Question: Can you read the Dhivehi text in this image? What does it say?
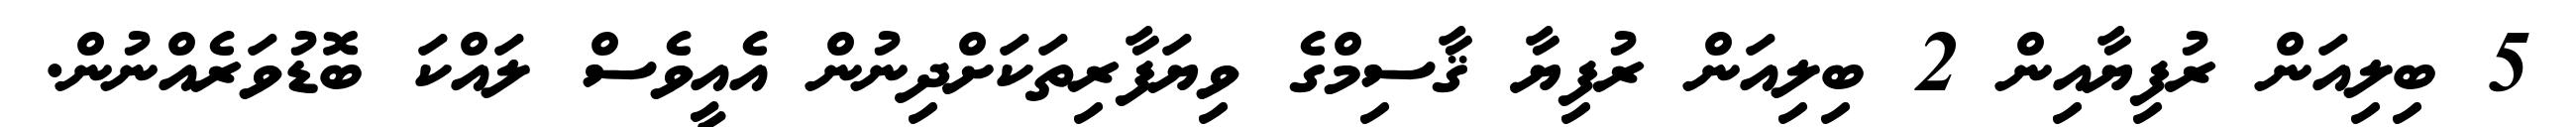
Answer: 5 ބިލިއަން ރުފިޔާއިން 2 ބިލިއަން ރުފިޔާ ޤާސިމްގެ ވިޔަފާރިތަކަށްދިނުން އެއީވެސް ލައްކަ ބޮޑުވަރެއްނުން.